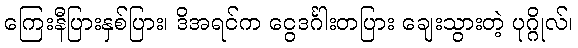
ကြေးနီပြားနှစ်ပြား၊ ဒိအရင်က ငွေဒင်္ဂါးတပြား ချေးသွားတဲ့ ပုဂ္ဂိုလ်၊